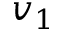
v _ { 1 }